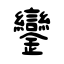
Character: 鑾